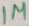
Text: 1M